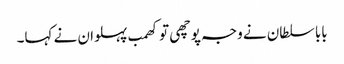
بابا سلطان نے وجہ پوچھی تو کھمب پہلوان نے کہا۔